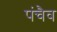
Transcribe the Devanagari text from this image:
पंचैव